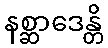
နစ္ဆာဒေန္တိ